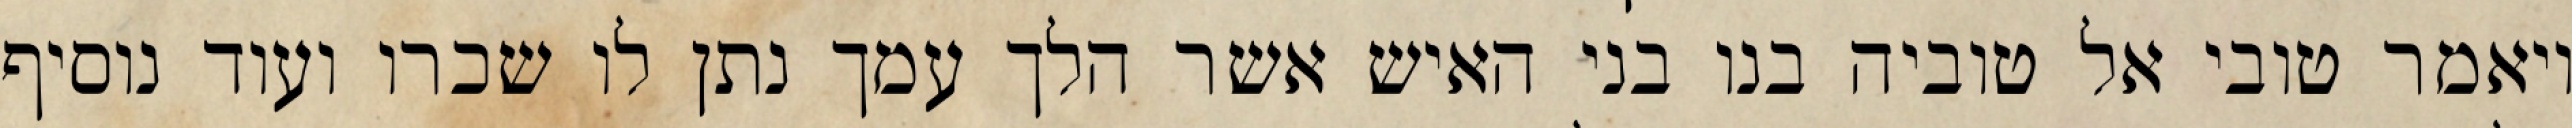
ויאמר טובי אל טוביה בנו בני האיש אשר הלך עמך נתן לו שכרו ועוד נוסיף